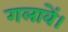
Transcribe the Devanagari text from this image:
गलावें।